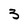
Character: 3